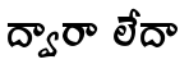
ద్వారా లేదా